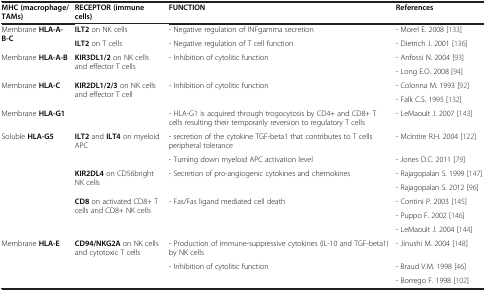
| MHC (macrophage/ | RECEPTOR (immune | FUNCTION | References |
 | TAMs) | cells) |  |  |
 | --- | --- | --- | --- |
 | <ROWSPAN=2> Membrane HLA-A-B-C | ILT2 on NK cells | - Negative regulation of INFgamma secretion | - Morel E. 2008 [133] |
 | ILT2 on T cells | - Negative regulation of T cell function | - Dietrich J. 2001 [136] |
 | <ROWSPAN=2> Membrane HLA-A-B | <ROWSPAN=2> KIR3DL1/2 on NK cells and effector T cells | <ROWSPAN=2> - Inhibition of cytolitic function | - Anfossi N. 2004 [93] |
 | - Long E.O. 2008 [94] |
 | <ROWSPAN=2> Membrane HLA-C | <ROWSPAN=2> KIR2DL1/2/3 on NK cells and effector T cell | <ROWSPAN=2> - Inhibition of cytolitic function | - Colonna M. 1993 [92] |
 | - Falk C.S. 1995 [132] |
 | Membrane HLA-G1 |  | - HLA-G1 is acquired through trogocytosis by CD4+ and CD8+ T cells resulting their temporarily reversion to regulatory T cells | - LeMaoult J. 2007 [143] |
 | <ROWSPAN=7> Soluble HLA-G5 | <ROWSPAN=2> ILT2 and ILT4 on myeloid APC | - secretion of the cytokine TGF-beta1 that contributes to T cells peripheral tolerance | - McIntire R.H. 2004 [122] |
 | - Turning down myeloid APC activation level | - Jones D.C. 2011 [79] |
 | <ROWSPAN=2> KIR2DL4 on CD56bright NK cells | <ROWSPAN=2> - Secretion of pro-angiogenic cytokines and chemokines | - Rajagopalan S. 1999 [147] |
 | - Rajagopalan S. 2012 [96] |
 | <ROWSPAN=3> CD8 on activated CD8+ T cells and CD8+ NK cells | <ROWSPAN=3> - Fas/Fas ligand mediated cell death | - Contini P. 2003 [145] |
 | - Puppo F. 2002 [146] |
 | - LeMaoult J. 2004 [144] |
 | <ROWSPAN=3> Membrane HLA-E | <ROWSPAN=3> CD94/NKG2A on NK cells and cytotoxic T cells | - Production of immune-suppressive cytokines (IL-10 and TGF-beta1) by NK cells | - Jinushi M. 2004 [148] |
 | <ROWSPAN=2> - Inhibition of cytolitic function | - Braud V.M. 1998 [46] |
 | - Borrego F. 1998 [102] |